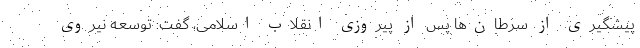
پیشگیری از سرطان‌ها پس از پیروزی انقلاب اسلامی، گفت: توسعه نیروی